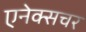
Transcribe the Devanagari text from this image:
एनेक्सचर